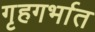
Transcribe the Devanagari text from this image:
गृहगर्भात